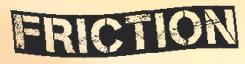
FRICTION